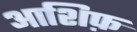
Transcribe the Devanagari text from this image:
आशिफ़